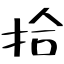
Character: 拾